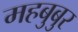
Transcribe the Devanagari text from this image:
महबुबुर